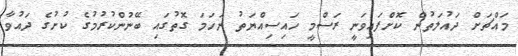
މައްޗަށް ދައުލަތުން ކޮށްފައިވަނީ ރަސްމީ ހައިސިއްޔަތު ނަހަމަ ގޮތުގައި ބޭނުންކުރުމުގެ ކުށުގެ ދައުވާ